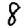
Digit: 8